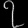
Digit: ၇